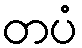
တပံ